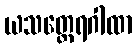
ယသတ္ထေရဂါထာ